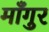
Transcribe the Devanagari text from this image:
माँगुर